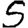
Digit: 5